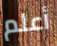
أعلم